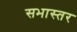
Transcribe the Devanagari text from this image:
सभास्तर